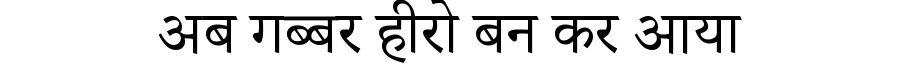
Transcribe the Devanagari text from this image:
अब गब्बर हीरो बन कर आया